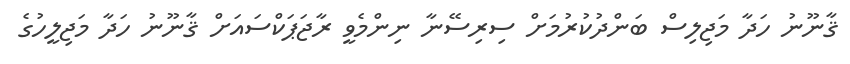
ޤާނޫނު ހަދާ މަޖިލިސް ބަންދުކުރުމަށް ސިރިސޭނާ ނިންމެވީ ރާޖަޕަކްސައަށް ޤާނޫނު ހަދާ މަޖިލީހުގެ